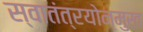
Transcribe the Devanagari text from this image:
स्वातंत्रयोन्मुख